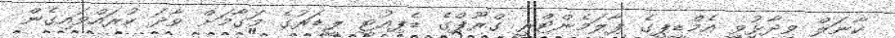
ކާނަލް ވިދާޅުވީ އެމްޑީޕީގެ ޕާލަމެންޓްރީ ގްރޫޕްގެ ޑެޕިއުޓީ ލީޑަރުގެ މަގާމަށް ވާދަ ކުރައްވައިގެން